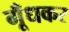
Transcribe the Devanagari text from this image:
गूँधकर